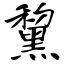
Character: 黧